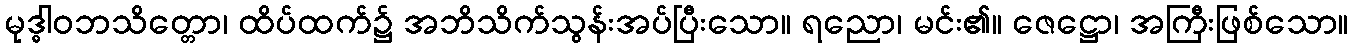
မုဒ္ဓါဝဘသိတ္တော၊ ထိပ်ထက်၌ အဘိသိက်သွန်းအပ်ပြီးသော။ ရညော၊ မင်း၏။ ဇေဋ္ဌော၊ အကြီးဖြစ်သော။